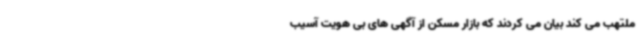
ملتهب می کند بیان می کردند که بازار مسکن از آگهی های بی هویت آسیب